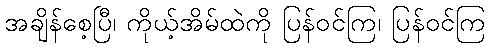
အချိန်စေ့ပြီ၊ ကိုယ့်အိမ်ထဲကို ပြန်ဝင်ကြ၊ ပြန်ဝင်ကြ